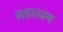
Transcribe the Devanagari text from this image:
महातम्य